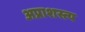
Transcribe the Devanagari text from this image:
अप्राशस्त्य